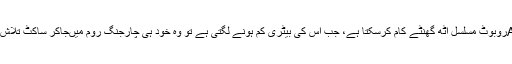
مکمل چارج کی گئی بیٹری کے ساتھ ایک AGVروبوٹ مسلسل آٹھ گھنٹے کام کرسکتا ہے، جب اس کی بیٹری کم ہونے لگتی ہے تو وہ خود ہی چارجنگ روم میںجاکر ساکِٹ تلاش کرتا ہے اور اپنے آپ کو ری-چارج کرلیتا ہے۔